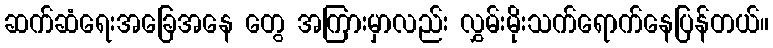
ဆက်ဆံရေးအခြေအနေ တွေ အကြားမှာလည်း လွှမ်းမိုးသက်ရောက်နေပြန်တယ်။